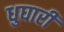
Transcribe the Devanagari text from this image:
धुघारी